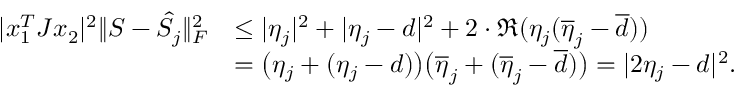
\begin{array} { r l } { | x _ { 1 } ^ { T } J x _ { 2 } | ^ { 2 } \Vert S - \hat { S } _ { j } \Vert _ { F } ^ { 2 } } & { \leq | \eta _ { j } | ^ { 2 } + | \eta _ { j } - d | ^ { 2 } + 2 \cdot \mathfrak { R } ( \eta _ { j } ( \overline { { \eta } } _ { j } - \overline { { d } } ) ) } \\ & { = \big ( \eta _ { j } + ( \eta _ { j } - d ) \big ) \big ( \overline { { \eta } } _ { j } + ( \overline { { \eta } } _ { j } - \overline { { d } } ) \big ) = | 2 \eta _ { j } - d | ^ { 2 } . } \end{array}